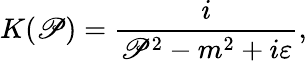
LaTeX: K(\mathscr{P})={\frac{{i}}{{\mathscr{P}^{2}-m^{2}+i\varepsilon}}},